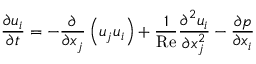
\frac { \partial { { u } _ { i } } } { \partial t } = - \frac { \partial } { \partial { { x } _ { j } } } \left( { { u } _ { j } } { { u } _ { i } } \right) + \frac { 1 } { \operatorname { R e } } \frac { { { \partial } ^ { 2 } } { { u } _ { i } } } { \partial x _ { j } ^ { 2 } } - \frac { \partial p } { \partial { { x } _ { i } } }